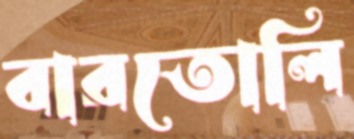
বারতোলি